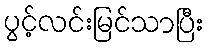
ပွင့်လင်းမြင်သာပြီး